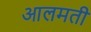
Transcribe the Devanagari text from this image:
आलमती